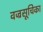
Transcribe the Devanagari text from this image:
वज्रसूचिका